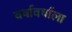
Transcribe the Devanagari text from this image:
वर्षावर्षाला